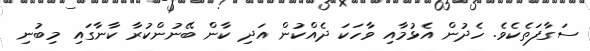
ސަގާފަތެކެވެ. ހެދުން އެޅުމާއި ވާހަކަ ދެއްކުން އަދި ކާން ބޭނުންކުރާ ކާނާގައި މިބުނި